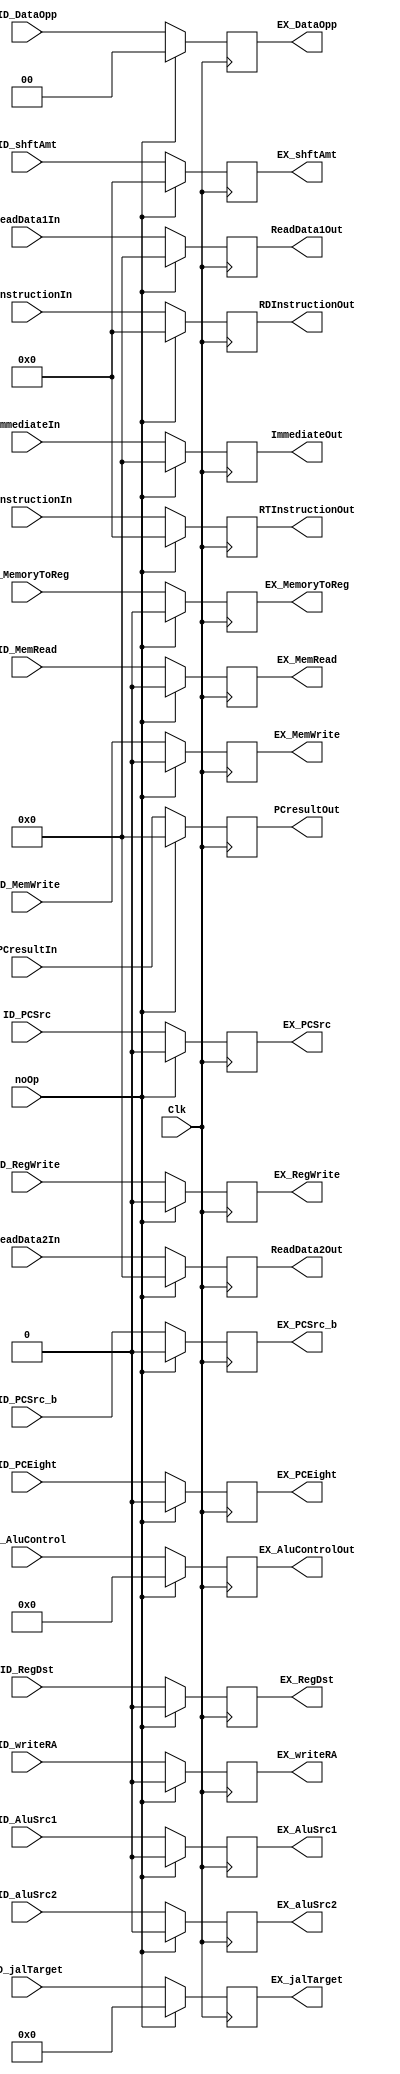
`timescale 1ns / 1ps
//////////////////////////////////////////////////////////////////////////////////
// Company: 
// Engineer: 
// 
// Create Date: 
// Design Name: 
// Module Name: 
// Project Name: 
// Target Devices: 
// Tool Versions: 
// Description: 
// 
// Dependencies: 
// 
// Revision:
// Revision 0.01 - File Created
// Additional Comments:
// 
//////////////////////////////////////////////////////////////////////////////////
 
module ID_EX_Reg(Clk, noOp, ID_MemoryToReg, ID_PCSrc, ID_RegWrite, ID_MemRead, ID_MemWrite, ID_shftAmt, ID_aluSrc2, ID_RegDst, 
    ID_AluControl, ReadData1In, ReadData2In, PCresultIn, ImmediateIn, RTInstructionIn, RDInstructionIn, EX_MemoryToReg, 
    EX_PCSrc, EX_RegWrite, EX_MemRead, EX_MemWrite, EX_shftAmt, EX_aluSrc2, EX_RegDst, EX_AluControlOut, ReadData1Out, ReadData2Out, 
    PCresultOut, ImmediateOut, RTInstructionOut, RDInstructionOut, ID_DataOpp, EX_DataOpp, ID_PCSrc_b, EX_PCSrc_b, ID_PCEight, EX_PCEight,
    ID_writeRA, EX_writeRA, ID_jalTarget, EX_jalTarget, ID_AluSrc1, EX_AluSrc1); 
    
    input Clk, noOp;

    input ID_MemoryToReg, ID_PCSrc, ID_RegWrite, ID_PCSrc_b, ID_PCEight; // Write Back controls 
    input ID_MemRead, ID_MemWrite, ID_AluSrc1;  // Memory controls
    input [4:0] ID_shftAmt;
    input ID_aluSrc2, ID_RegDst, ID_writeRA; //Ex contoles
    input [5:0] ID_AluControl; //Alu control signal
    input [31:0] ReadData1In, ReadData2In, PCresultIn, ImmediateIn; //32 bit data lines
    input [4:0] RTInstructionIn, RDInstructionIn;                   //5 bit data lines
    input [1:0] ID_DataOpp;
    input [25:0] ID_jalTarget;
    
    output reg EX_MemoryToReg, EX_PCSrc, EX_RegWrite, EX_PCSrc_b, EX_PCEight; // Write Back controls 
    output reg EX_MemRead, EX_MemWrite, EX_AluSrc1;  // Memory controls
    output reg [4:0] EX_shftAmt;
    output reg EX_aluSrc2, EX_RegDst, EX_writeRA; //Ex contoles
    output reg [5:0] EX_AluControlOut; //Alu control signal
    output reg [31:0] ReadData1Out, ReadData2Out, PCresultOut, ImmediateOut; //32 bit data lines
    output reg [4:0] RTInstructionOut, RDInstructionOut;                   //5 bit data lines
    output reg [1:0] EX_DataOpp;
    output reg [25:0] EX_jalTarget;
    
    always@(posedge Clk) begin
        if(noOp == 1'b1)begin
            EX_MemoryToReg   <=  1'b0;
            EX_PCSrc         <=  1'b0;
            EX_RegWrite      <=  1'b0;
            EX_MemRead       <=  1'b0;
            EX_MemWrite      <=  1'b0;
            EX_shftAmt       <=  5'b0;
            EX_aluSrc2       <=  1'b0;
            EX_RegDst        <=  1'b0;
            EX_AluControlOut <=  6'b0;
            ReadData1Out     <=  32'b0;
            ReadData2Out     <=  32'b0;
            PCresultOut      <=  32'b0;
            ImmediateOut     <=  32'b0;
            RTInstructionOut <=  5'b0;
            RDInstructionOut <=  5'b0;
            EX_DataOpp       <=  2'b0;
            EX_PCSrc_b       <=  1'b0;
            EX_PCEight       <=  1'b0;
            EX_writeRA       <=  1'b0;
            EX_jalTarget     <=  26'b0;
            EX_AluSrc1       <=  1'b0;
        end
        else begin    
            EX_MemoryToReg   <=  ID_MemoryToReg;
            EX_PCSrc         <=  ID_PCSrc;
            EX_RegWrite      <=  ID_RegWrite;
            EX_MemRead       <=  ID_MemRead;
            EX_MemWrite      <=  ID_MemWrite;
            EX_shftAmt       <=  ID_shftAmt;
            EX_aluSrc2       <=  ID_aluSrc2;
            EX_RegDst        <=  ID_RegDst;
            EX_AluControlOut    <= ID_AluControl;
            ReadData1Out     <=  ReadData1In;
            ReadData2Out     <=  ReadData2In;
            PCresultOut      <=  PCresultIn;
            ImmediateOut     <=  ImmediateIn;
            RTInstructionOut <=  RTInstructionIn;
            RDInstructionOut <=  RDInstructionIn;
            EX_DataOpp       <=  ID_DataOpp;
            EX_PCSrc_b <= ID_PCSrc_b;
            EX_PCEight <= ID_PCEight;
            EX_writeRA <= ID_writeRA;
            EX_jalTarget <= ID_jalTarget;
            EX_AluSrc1 <= ID_AluSrc1;
        end
    end
endmodule